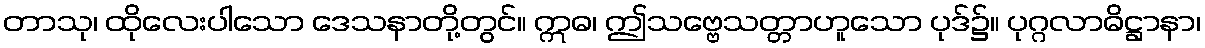
တာသု၊ ထိုလေးပါသော ဒေသနာတို့တွင်။ ဣဓ၊ ဤသဗ္ဗေသတ္တာဟူသော ပုဒ်၌။ ပုဂ္ဂလာဓိဋ္ဌာနာ၊